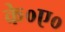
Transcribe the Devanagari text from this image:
के०ए०